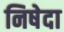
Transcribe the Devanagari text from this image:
निषेदा